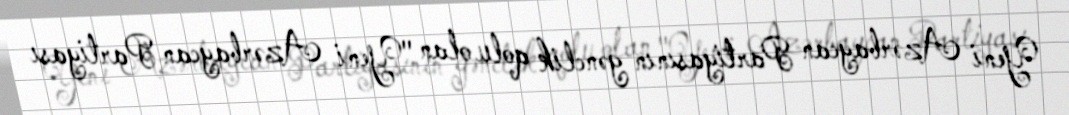
Yeni Azərbaycan Partiyasının gənclik qolu olan "Yeni Azərbaycan Partiyası